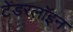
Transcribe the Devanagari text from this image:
टेंडरलॉइन